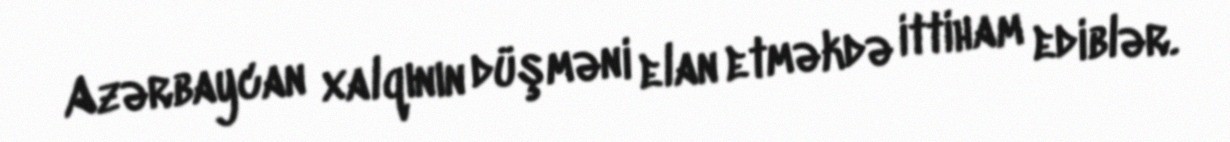
Azərbaycan xalqının düşməni elan etməkdə ittiham ediblər.